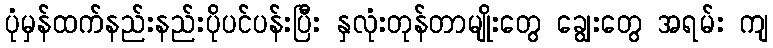
ပုံမှန်ထက်နည်းနည်းပိုပင်ပန်းပြီး နှလုံးတုန်တာမျိုးတွေ ချွေးတွေ အရမ်း ကျ